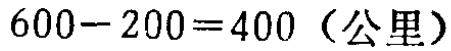
\(600 - 200 = 400\)（公里）